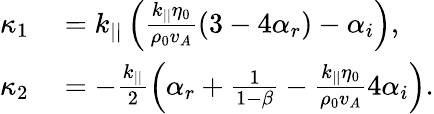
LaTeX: \begin{array}{rl}{\kappa_{1}}&{{}=k_{||}\left(\frac{k_{||}\eta_{0}}{\rho_{0}v_{A}}\left(3-4\alpha_{r}\right)-\alpha_{i}\right),}\\ {\kappa_{2}}&{{}=-\frac{k_{||}}{2}\left(\alpha_{r}+\frac{1}{1-\beta}-\frac{k_{||}\eta_{0}}{\rho_{0}v_{A}}4\alpha_{i}\right).}\end{array}